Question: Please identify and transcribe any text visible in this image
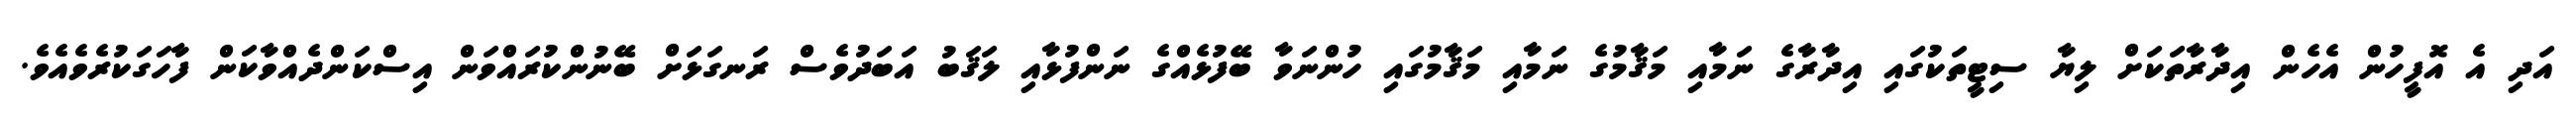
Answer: އަދި އެ އޮފީހުން އެހެން އިދާރާތަކަށް ލިޔާ ސިޓީތަކުގައި އިދާރާގެ ނަމާއި މަޤާމުގެ ނަމާއި މަޤާމުގައި ހުންނަވާ ބޭފުޅެއްގެ ނަންފުޅާއި ލަޤަބު އަބަދުވެސް ރަނގަޅަށް ބޭނުންކުރައްވަން އިސްކަންދެއްވާކަން ފާހަގަކުރެވެއެވެ.